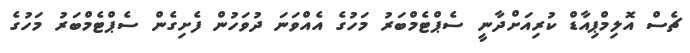
ޗެސް އޮލިމްޕިއާޑް ކުރިއަށްދާނީ ސެޕްޓެމްބަރު މަހުގެ އެއްވަނަ ދުވަހުން ފެށިގެން ސެޕްޓެމްބަރު މަހުގެ